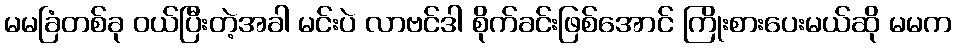
မမခြံတစ်ခု ဝယ်ပြီးတဲ့အခါ မင်းပဲ လာဗင်ဒါ စိုက်ခင်းဖြစ်အောင် ကြိုးစားပေးမယ်ဆို မမက